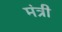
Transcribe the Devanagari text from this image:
मंत्री